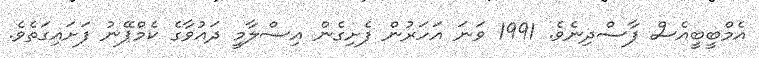
އެމްބީބީއެސް ފާސްދިނެވެ. 1991 ވަނަ އަހަރުން ފެށިގެން އިސްލާމީ ދައުވާގެ ކެމްޕޭނު ފަށައިގަތެވެ.